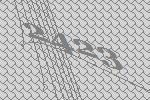
2423